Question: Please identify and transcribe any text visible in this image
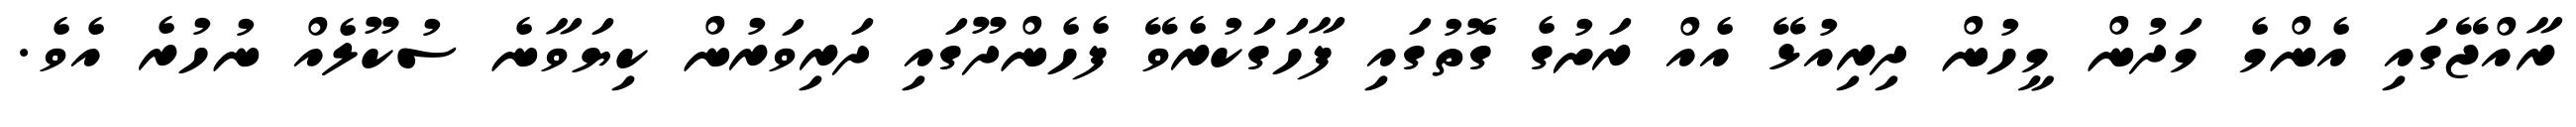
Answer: ރާއްޖޭގައި އެންމެ މަދުން މީހުން ދިރިއުޅޭ އެއް ރަށުގެ ގޮތުގައި ފާހަގަކުރެވޭ ފެހެންދޫގައި ދަރިވަރުން ކިޔަވާނެ ސުކޫލެއް ނުހުރެ އެވެ.